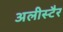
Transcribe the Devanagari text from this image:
अलीस्टैर